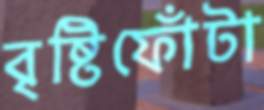
বৃষ্টিফোঁটা